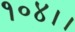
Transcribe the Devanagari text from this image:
१०४।।